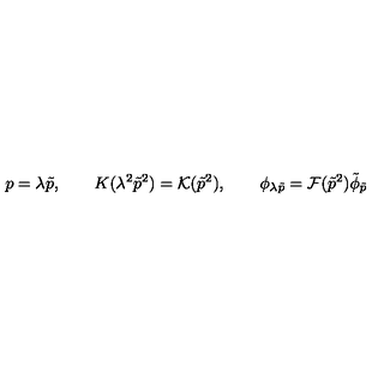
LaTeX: p = \lambda \tilde { p } , \qquad K ( \lambda ^ { 2 } \tilde { p } ^ { 2 } ) = { \cal K } ( \tilde { p } ^ { 2 } ) , \qquad \phi _ { \lambda \tilde { p } } = { \cal F } ( \tilde { p } ^ { 2 } ) \tilde { \phi } _ { \tilde { p } }